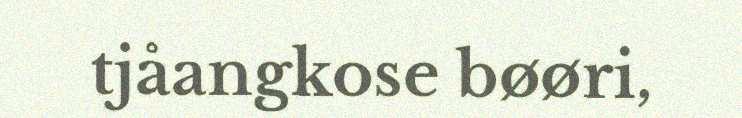
tjåangkose bøøri,